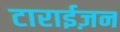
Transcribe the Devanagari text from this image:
टाराईज़न